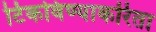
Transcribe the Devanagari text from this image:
टिकविण्याकरिता